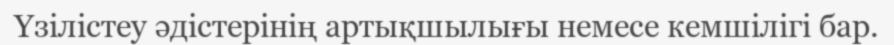
Үзілістеу әдістерінің артықшылығы немесе кемшілігі бар.